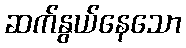
ဆက်နွယ်နေသော